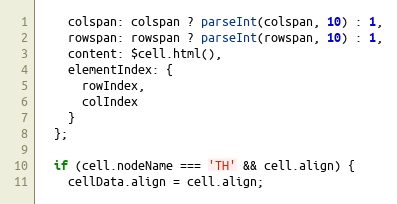
Language: JavaScript
    colspan: colspan ? parseInt(colspan, 10) : 1,
    rowspan: rowspan ? parseInt(rowspan, 10) : 1,
    content: $cell.html(),
    elementIndex: {
      rowIndex,
      colIndex
    }
  };

  if (cell.nodeName === 'TH' && cell.align) {
    cellData.align = cell.align;